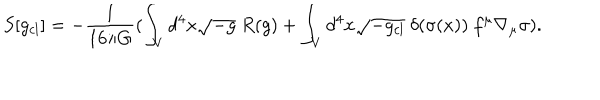
LaTeX: S [ g _ { c l } ] = - \frac { 1 } { 1 6 \pi G } ( \int _ { V } d ^ { 4 } x \sqrt { - g } ~ R ( g ) + \int _ { V } d ^ { 4 } x \sqrt { - g _ { c l } } ~ \delta ( \sigma ( x ) ) ~ f ^ { \mu } \nabla _ { \mu } \sigma ) .